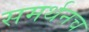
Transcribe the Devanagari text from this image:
समर्थनच